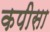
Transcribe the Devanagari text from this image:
कपीसा